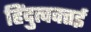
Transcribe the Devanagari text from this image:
हिंदुत्ववत्तई